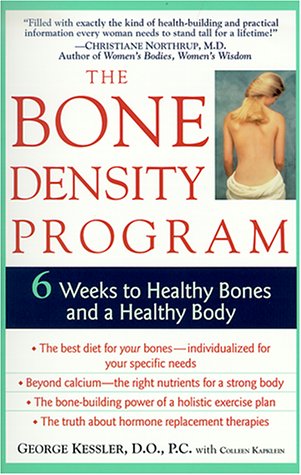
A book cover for The Bone Density Program: 6 Weeks to Strong Bones and a Healthy Body; Dr. George Kessler; Health, Fitness & Dieting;